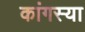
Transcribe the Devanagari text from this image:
कांगस्या